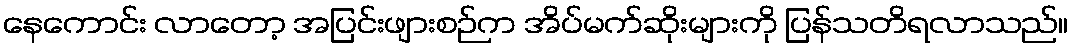
နေကောင်း လာတော့ အပြင်းဖျားစဉ်က အိပ်မက်ဆိုးများကို ပြန်သတိရလာသည်။